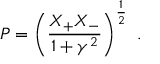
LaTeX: P = \left( \frac { X _ { + } X _ { - } } { 1 + \gamma ^ { 2 } } \right) ^ { \frac { 1 } { 2 } } \ .